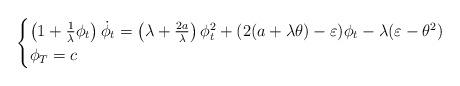
LaTeX: \begin{align*}\begin{cases}\left(1+\frac{1}{\lambda}\phi_t\right)\dot\phi_t= \left(\lambda + \frac{2a}{\lambda}\right)\phi^2_t +(2(a+\lambda \theta) -\varepsilon)\phi_t-\lambda(\varepsilon-\theta^2)\\\phi_T =c\end{cases}\end{align*}